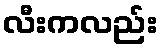
လီးကလည်း